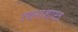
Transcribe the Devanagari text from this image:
रचनाशास्त्र